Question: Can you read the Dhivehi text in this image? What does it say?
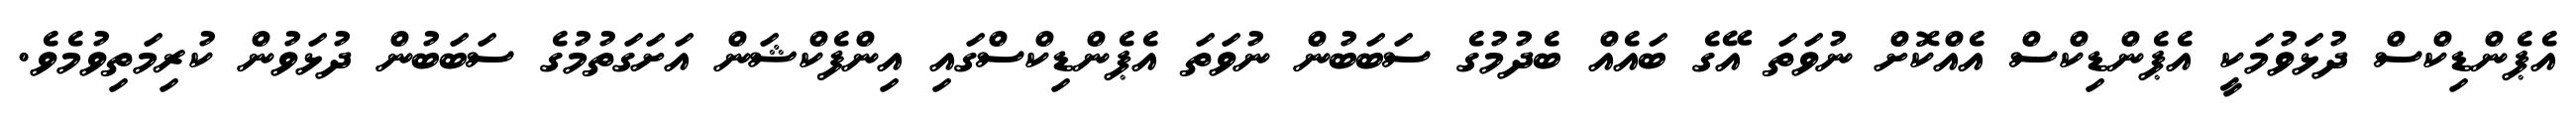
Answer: އެޕެންޑިކްސް ދުޅަވުމަކީ އެޕެންޑިކްސް އެއްކޮށް ނުވަތަ އޭގެ ބައެއް ބެދުމުގެ ސަބަބުން ނުވަތަ އެޕެންޑިކްސްގައި އިންފެކްޝަން އަށަގަތުމުގެ ސަބަބުން ދުޅަވުން ކުރިމަތިވުމެވެ.